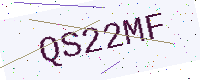
Text: QS22MF